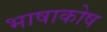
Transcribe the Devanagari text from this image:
भाषाकोष